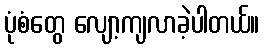
ပုံစံတွေ လျော့ကျလာခဲ့ပါတယ်။